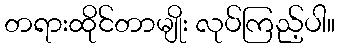
တရားထိုင်တာမျိုး လုပ်ကြည့်ပါ။